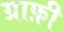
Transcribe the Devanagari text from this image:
ग्राफ़ी